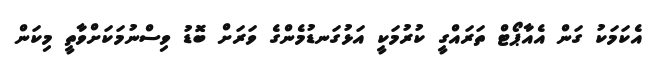
އެކަމަކު ގަން އެއާޕޯޓް ތަރައްގީ ކުރުމަކީ އަޅުގަނޑުމެންގެ ވަރަށް ބޮޑު ވިސްނުމަކަށްވާތީ މިކަން